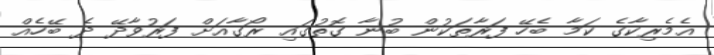
އެމެރިކާގެ ކަމާ ބެހޭ ފަރާތަކުން ބުނާ ގޮތުގައި ރޯގާއަށް ފަރުވާދޭ ދެ ބޭހެއް